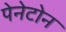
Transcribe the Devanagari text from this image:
पेनेटोन